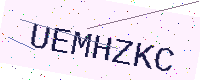
Text: UEMHZKC